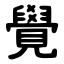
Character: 覺